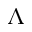
\Lambda